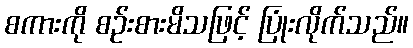
စကားကို စဉ်းစားမိသဖြင့် ပြုံးလိုက်သည်။